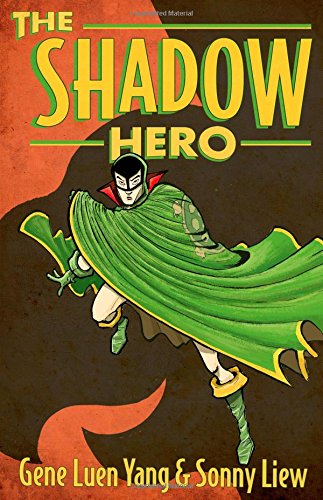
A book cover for The Shadow Hero; Gene Luen Yang; Teen & Young Adult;